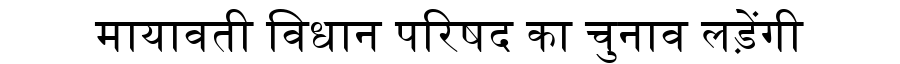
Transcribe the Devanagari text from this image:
मायावती विधान परिषद का चुनाव लड़ेंगी